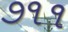
૭૧૧